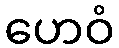
ဟေဝံ